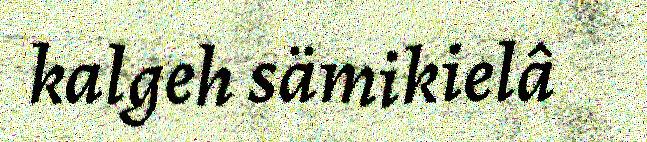
kalgeh sämikielâ